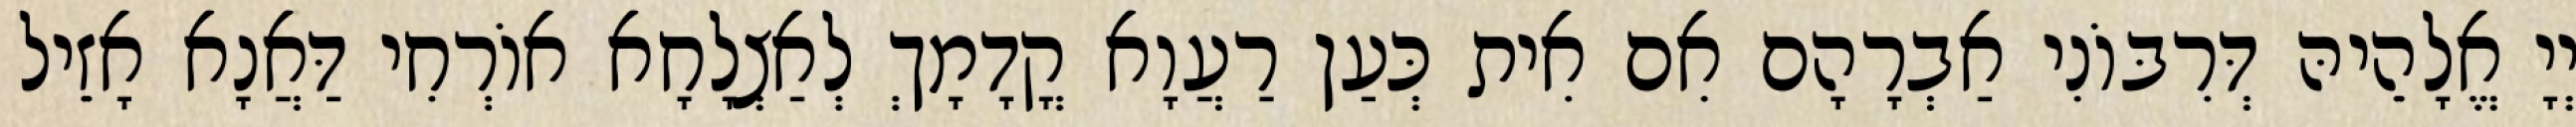
יְיָ אֱלָהֵיהּ דְּרִבּוֹנִי אַבְרָהָם אִם אִית כְּעַן רַעֲוָא קֳדָמָךְ לְאַצְלָחָא אוֹרְחִי דַּאֲנָא אָזֵיל